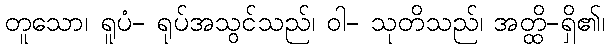
တူသော၊ ရူပံ- ရုပ်အသွင်သည်၊ ဝါ- သုတိသည်၊ အတ္ထိ-ရှိ၏၊